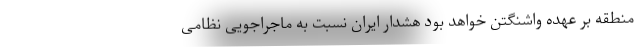
منطقه بر عهده واشنگتن خواهد بود هشدار ایران نسبت به ماجراجویی نظامی